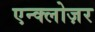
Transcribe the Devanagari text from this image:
एन्क्लोज़र